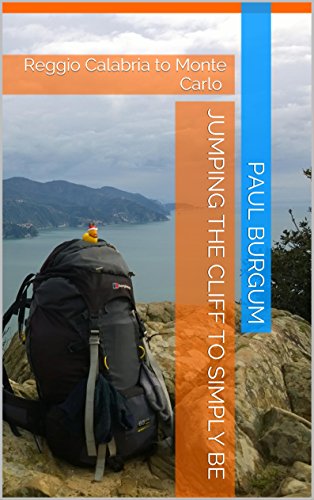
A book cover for Jumping the Cliff To Simply Be: Reggio Calabria to Monte Carlo; Paul Burgum; Travel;